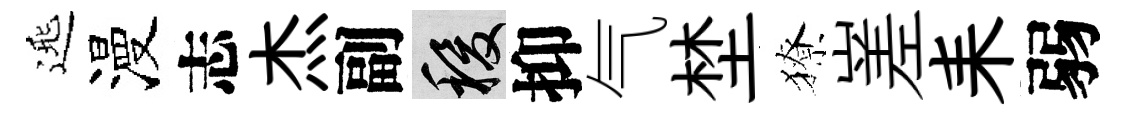
𨓱漫志杰副稷抑气埜獠嵳耒弱